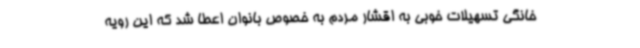
خانگی تسهیلات خوبی به اقشار مردم به خصوص بانوان اعطا شد که این رویه